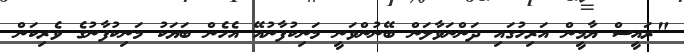
"ރައީސް ޔާމީން އަރިހުގައި ދަންނަވާލަން ބޭނުންވަނީ މަނިކުފާނުއޭ އެހެން ބަޔަކު މަނިކުފާނުގެ ވެރިކަން